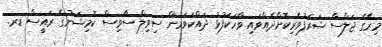
މިރޭގެ ޖަލްސާ ޝަރަފުވެރިކޮށްދެއްވައި ވާހަކަފުޅު ދައްކަވަމުން ސިވިލް ސާވިސް ކޮމިޝަނުގެ ރައީސް ޑރ.